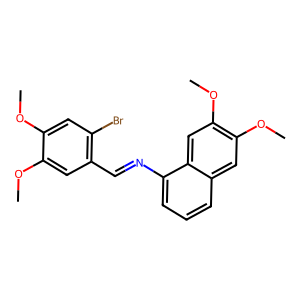
SMILES: COc1cc(Br)c(C=Nc2cccc3cc(OC)c(OC)cc23)cc1OC
Inhibits HIV replication: No